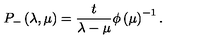
P _ { - } \left( \lambda , \mu \right) = \frac t { \lambda - \mu } \phi \left( \mu \right) ^ { - 1 } .